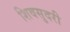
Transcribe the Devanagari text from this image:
शिवसुदरी